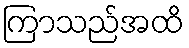
ကြာသည်အထိ